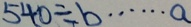
5 4 0 \div b \cdots a